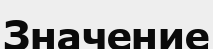
Значение